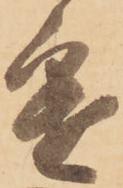
進